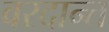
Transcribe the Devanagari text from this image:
वरदान्त